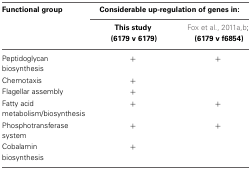
| Functional group | <COLSPAN=2> Considerable up-regulation of genes in: |
 |  | This study (6179 v 6179) | Fox et al., 2011a,b; (6179 v f6854) |
 | --- | --- | --- |
 | Peptidoglycan biosynthesis | + | + |
 | Chemotaxis | + |  |
 | Flagellar assembly | + |  |
 | Fatty acid metabolism/biosynthesis | + | + |
 | Phosphotransferase system | + | + |
 | Cobalamin biosynthesis | + |  |